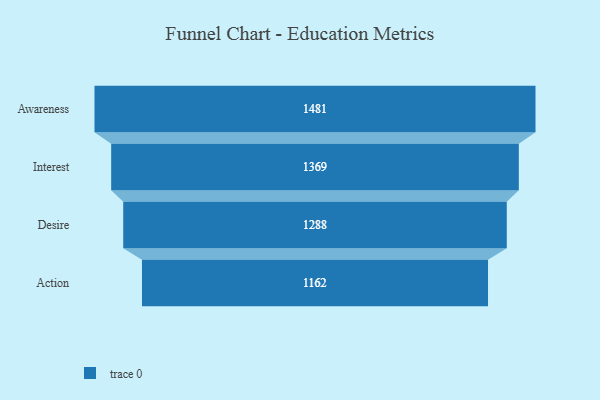
{"axis": {"x": "Stage", "y": "Value"}, "legend": [""], "data": [{"x": "Awareness", "y": 1481.0, "type": ""}, {"x": "Interest", "y": 1369.0, "type": ""}, {"x": "Desire", "y": 1288.0, "type": ""}, {"x": "Action", "y": 1162.0, "type": ""}]}